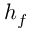
h _ { f }